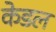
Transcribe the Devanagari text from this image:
केडल